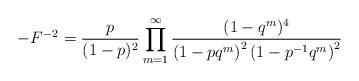
LaTeX: \begin{align*}-F^{-2} = \frac{p}{(1-p)^{2}}\prod _{m=1}^{\infty }\frac{(1-q^{m})^{4}}{\left(1-p q^{m} \right)^{2}\left(1-p^{-1} q^{m} \right)^{2}}\end{align*}